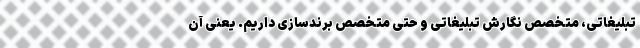
تبلیغاتی، متخصص نگارشِ تبلیغاتی و حتی متخصص برندسازی داریم. یعنی آن